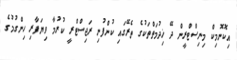
އިކޮނޮމިކް މިނިސްޓްރީން ދޭ ޚިދުމަތްތަކުގެ ތެރޭގައި ކުންފުނި ރަޖިސްޓްރީ ކުރުމާ ވިޔަފާރި ހިންގުމުގެ